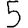
Digit: 5